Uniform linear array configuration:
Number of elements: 64
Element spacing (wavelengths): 0.25
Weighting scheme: hamming
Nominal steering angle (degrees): -45
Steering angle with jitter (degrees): -45.186
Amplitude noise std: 0.05
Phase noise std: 0.05

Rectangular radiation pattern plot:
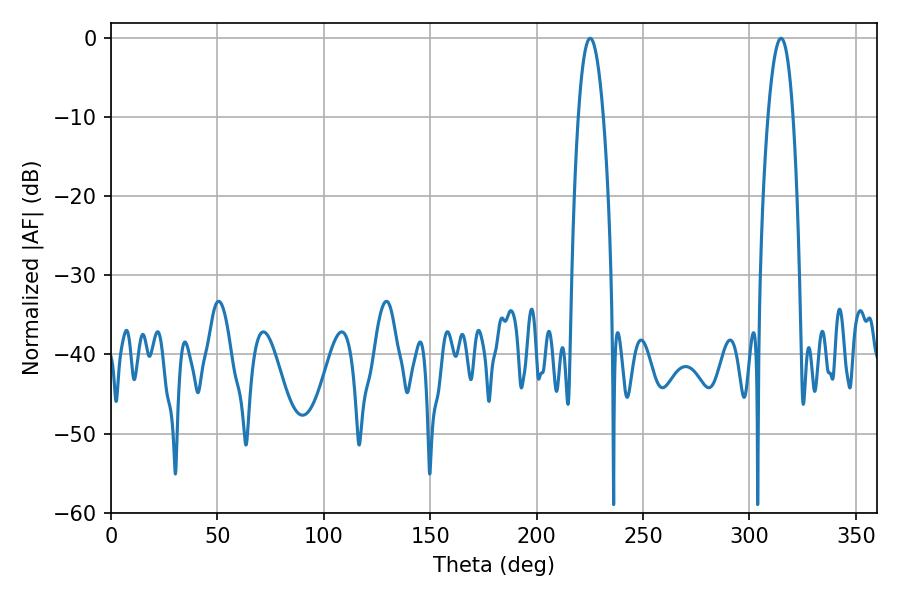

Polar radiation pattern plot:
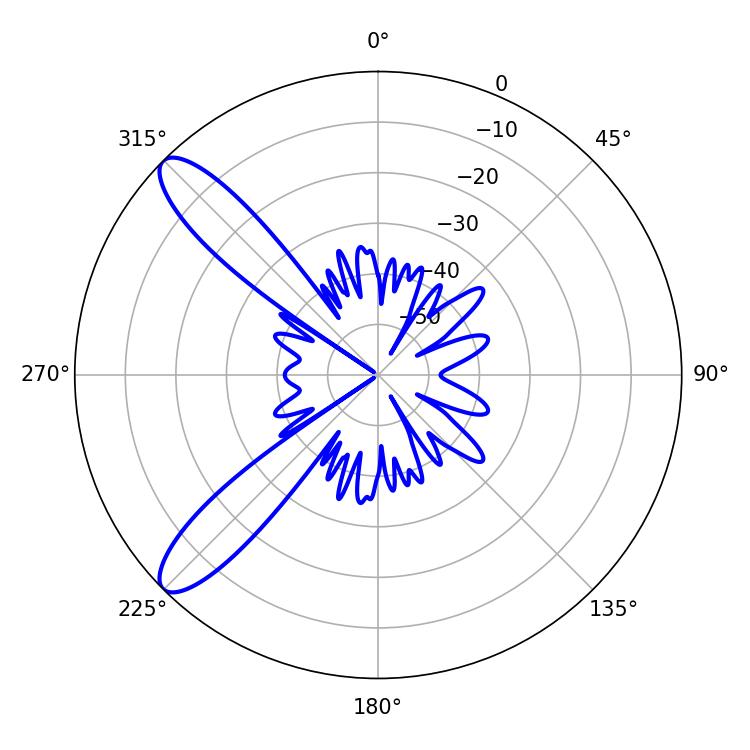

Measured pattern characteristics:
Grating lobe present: FALSE
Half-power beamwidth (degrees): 6.48
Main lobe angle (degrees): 225.18